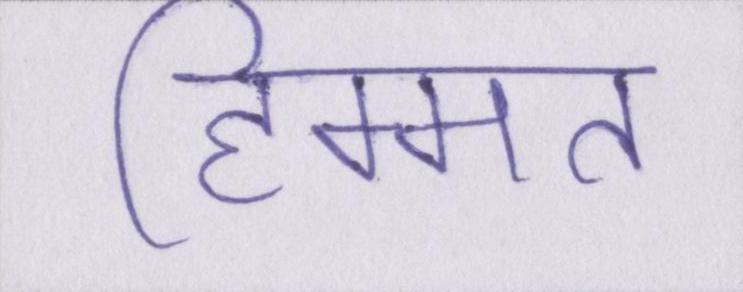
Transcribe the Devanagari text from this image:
हिम्मत